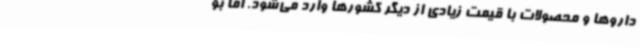
داروها و محصولات با قیمت زیادی از دیگر کشورها وارد می‌شود. اما بو